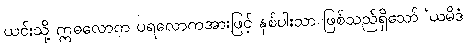
ယင်းသို့ ဣဓလောက ပရလောကအားဖြင့် နှစ်ပါးသာ ဖြစ်သည်ရှိသော် ‘ယမိဒံ